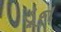
ડૂન